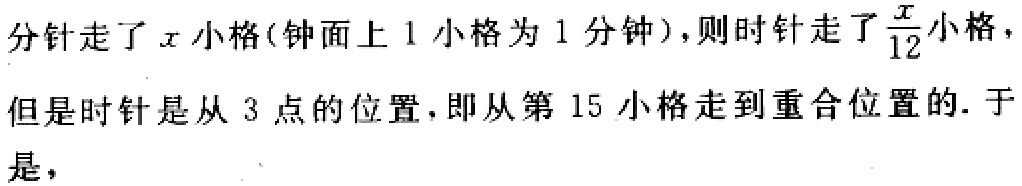
分针走了\(x\)小格(钟面上 \(1\) 小格为 \(1\) 分钟)，则时针走了\(\frac{x}{12}\)小格，但是时针是从 \(3\) 点的位置，即从第 \(15\) 小格走到重合位置的. 于是，